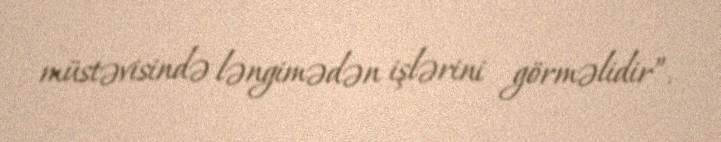
müstəvisində ləngimədən işlərini görməlidir”.